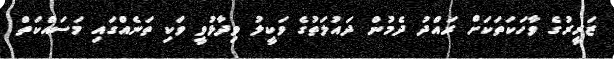
ޒަރީރުގެ ވާހަކަތަކަށް ރައްދު ދެމުން ދައުލަތުގެ ވަކީލު ވިދާޅުވީ ވަކި ތަނެއްގައި މަސައްކަތް